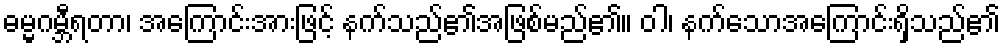
ဓမ္မဂမ္ဘီရတာ၊ အကြောင်းအားဖြင့် နက်သည်၏အဖြစ်မည်၏။ ဝါ၊ နက်သောအကြောင်းရှိသည်၏